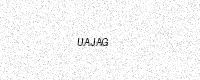
Text: UAJAG